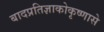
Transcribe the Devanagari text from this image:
बादप्रतिज्ञाकोकृष्णासे